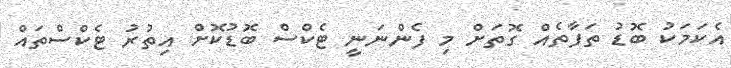
އެކަމަކު ބޮޑު ތަފާތެއް ގޮތަށް މި ފެންނަނީ ޓެކްސް ބޮޑުކޮށް އިތުރު ޓެކްސްތައް